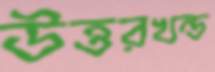
উত্তরখন্ড